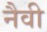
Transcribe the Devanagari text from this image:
नैवी